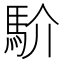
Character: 𩡺